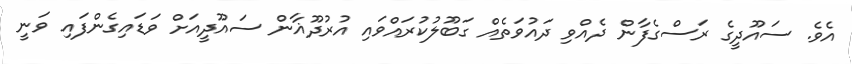
އެވެ. ސައޫދީގެ ރަސްގެފާން ދެއްވި ދައުވަތެއް ގަބޫލުކުރައްވައި އުރުދޫޣާން ސައޫދީއަށް ވަޑައިގެންފައި ވަނީ